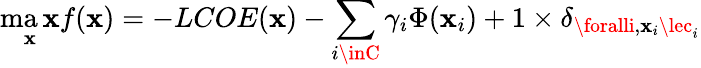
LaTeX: \operatorname*{ma\mathbf{x}}_{\mathbf{x}}f(\mathbf{x})=-LCOE(\mathbf{x})-\sum_{i\inC}\gamma_{i}\Phi(\mathbf{x}_{i})+1\times\delta_{\foralli,\mathbf{x}_{i}\lec_{i}}